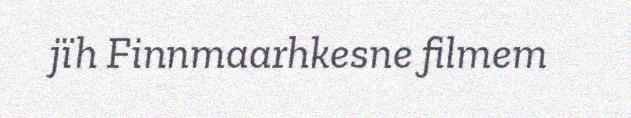
jïh Finnmaarhkesne filmem